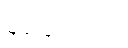
များကြောင်း။